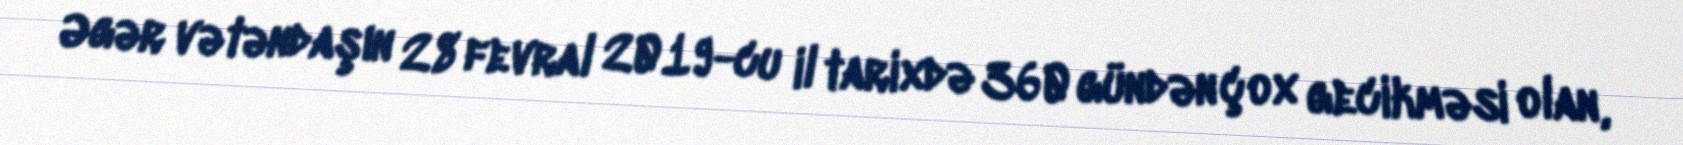
Əgər vətəndaşın 28 fevral 2019-cu il tarixdə 360 gündən çox gecikməsi olan,